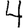
Digit: 4